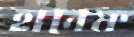
হানেফ